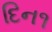
દિન૧